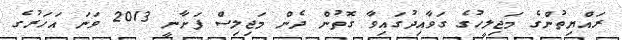
ރައްޔިތުންގެ މަޖިލީހުގެ ގަވާއިދުގައިވާ ގޮތުން ދެން މަޖިލިސް ފަށާނީ 2013 ވަނަ އަހަރުގެ